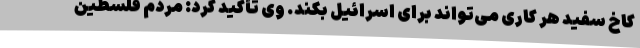
کاخ سفید هر کاری می‌تواند برای اسرائیل بکند. وی تأکید کرد: مردم فلسطین